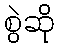
စွဲဆို